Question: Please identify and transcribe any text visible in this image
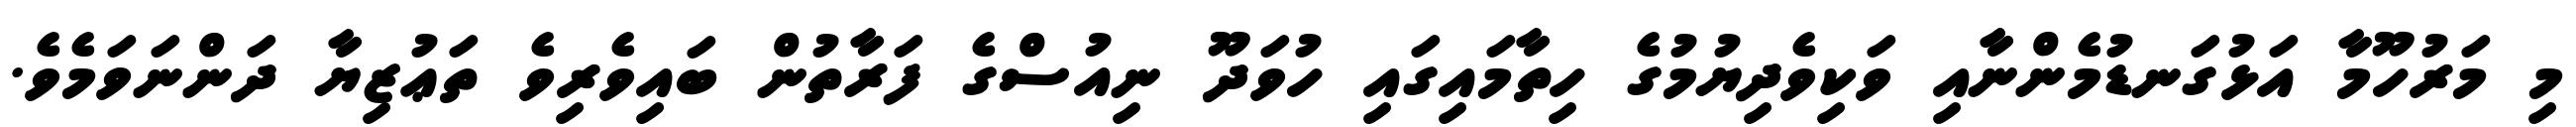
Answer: މި މަރުހޫމާ އަޅުގަނޑުމެންނާއި ވަކިވެދިޔުމުގެ ހިތާމައިގައި ހުވަދޫ ނިއުސްގެ ފަރާތުން ބައިވެރިވެ ތަޢުޒިޔާ ދަންނަވަމެވެ.